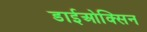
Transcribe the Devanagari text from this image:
डाईओक्सिन